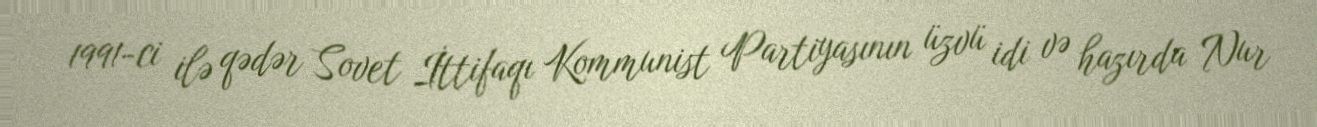
1991-ci ilə qədər Sovet İttifaqı Kommunist Partiyasının üzvü idi və hazırda Nur